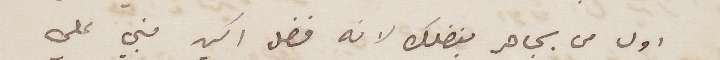
اول من يجاهر بفضلك لانه فضل اكيد مبني علي